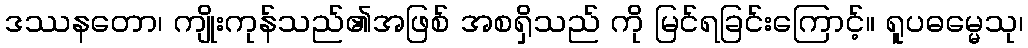
ဒဿနတော၊ ကျိုးကုန်သည်၏အဖြစ် အစရှိသည် ကို မြင်ရခြင်းကြောင့်။ ရူပဓမ္မေသု၊